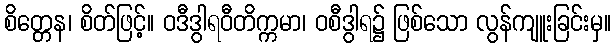
စိတ္တေန၊ စိတ်ဖြင့်။ ဝဒီဒွါရဝီတိက္ကမာ၊ ဝစီဒွါရ၌ ဖြစ်သော လွန်ကျူးခြင်းမှ။